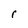
Character: r